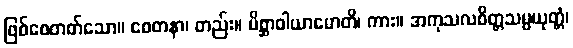
ဖြစ်စေတတ်သော။ စေတနာ၊ တည်း။ မိစ္ဆာဝါယာမောတိ၊ ကား။ အကုသလစိတ္တသမ္ပယုတ္တံ၊